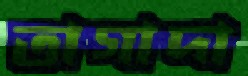
তাগাদা